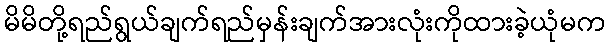
မိမိတို့ရည်ရွယ်ချက်ရည်မှန်းချက်အားလုံးကိုထားခဲ့ယုံမက